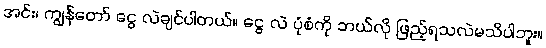
အင်း၊ ကျွန်တော် ငွေ လဲချင်ပါတယ်။ ငွေ လဲ ပုံစံကို ဘယ်လို ဖြည့်ရသလဲမသိပါဘူး။